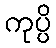
ကုပ္ပိ